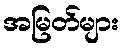
အမြတ်များ